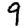
Digit: 9